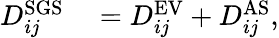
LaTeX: \begin{array}{rl}{D_{ij}^{\mathrm{SGS}}}&{{}=D_{ij}^{\mathrm{EV}}+D_{ij}^{\mathrm{AS}},}\end{array}